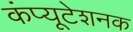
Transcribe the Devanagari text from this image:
कंप्यूटेशनक